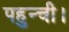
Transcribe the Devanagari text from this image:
पहुन्ची।